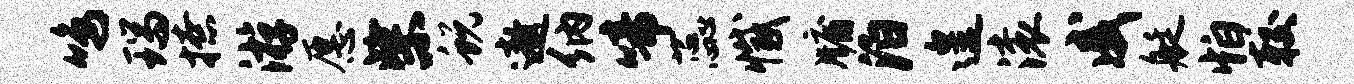
鸣瑞撩游愿柴蜕遨纳啼蕊撼牖泊遑滚戚艇怕较